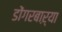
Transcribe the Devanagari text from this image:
डोंगरबाऱ्या